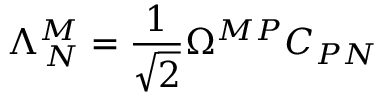
\Lambda _ { \, N } ^ { M } = \frac { 1 } { \sqrt { 2 } } \Omega ^ { M P } C _ { P N }